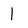
Character: 1